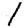
Digit: 1